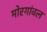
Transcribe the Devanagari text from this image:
मोरगांवल